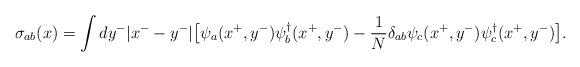
LaTeX: \begin{align*}\sigma_{ab}(x)= \int dy^{-}|x^{-}-y^{-}|\big[\psi_{a}(x^{+},y^{-})\psi_{b}^{\dagger}(x^{+},y^{-})-{1\over N} \delta_{ab}\psi_{c}(x^{+},y^{-})\psi^{\dagger}_{c}(x^{+},y^{-})\big].\end{align*}